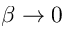
\beta \rightarrow 0